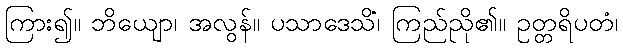
ကြား၍။ ဘိယျော၊ အလွန်။ ပသာဒေသိံ၊ ကြည်ညို၏။ ဥတ္တရိပတံ၊